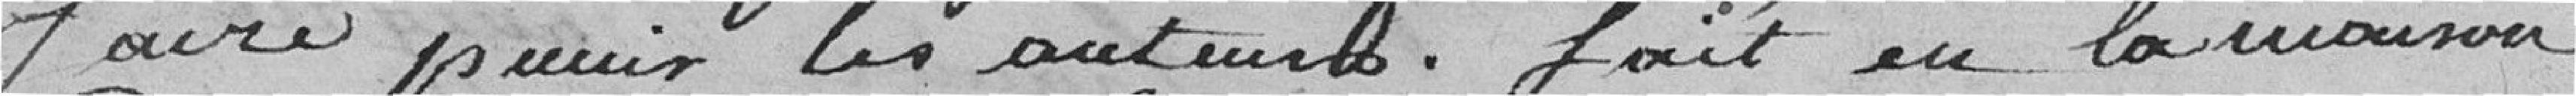
faire punir les auteurs. Fait en la maison